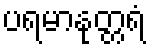
ပရမာနုတ္တရံ